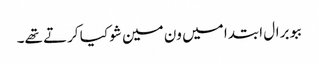
ببو برال ابتدا میں ون مین شو کیا کرتے تھے۔